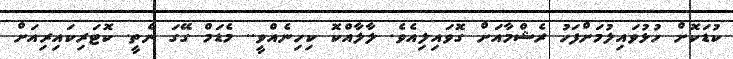
ކުޑަކޮށް ހުޅުވައިލުމަށްފަހު ރެޝްމާއަށް ގޮވައިލިއެވެ. ލާލާއްކޮ ކިހިނެއްވީ.. މެޑަމް ގޭގަ ނެތީ. ކޮޓަރިކައިރިއަށް